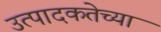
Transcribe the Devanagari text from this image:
उत्पादकतेच्या